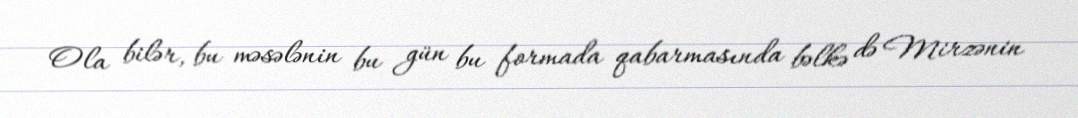
Ola bilər, bu məsələnin bu gün bu formada qabarmasında bəlkə də Mirzənin